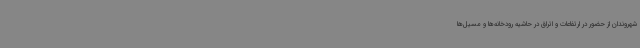
شهروندان از حضور در ارتفاعات و اتراق در حاشیه رودخانه‌ها و مسیل‌ها